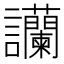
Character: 𧮧